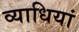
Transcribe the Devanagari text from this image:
व्‍याधियां